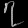
Digit: ၇